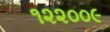
૧૨૨૦૦૯